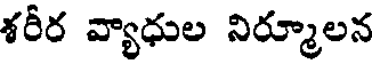
శరీర వ్యాధుల నిర్మూలన